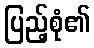
ပြည့်စုံ၏